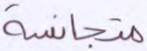
متجانسة